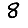
Digit: 8